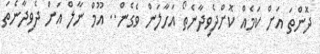
ދޮންތަ އަށް ކަމެއް ކޮށްދެވިދާނެތޯ އަހާލަން ވެގެން.. އޫމް ނާލް އަށް ދެވިދާނެތަ